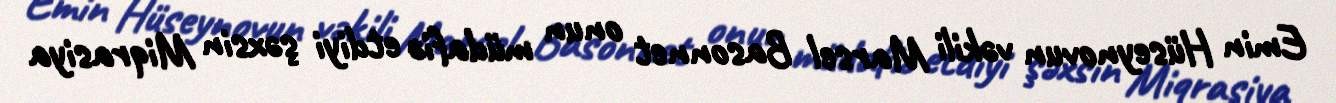
Emin Hüseynovun vəkili Marsel Basonnet onun müdafiə etdiyi şəxsin Miqrasiya